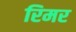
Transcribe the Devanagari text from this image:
रिमर